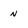
Character: n